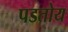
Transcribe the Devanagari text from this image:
पडतोय